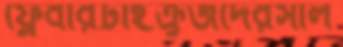
ফ্লেবারটাইক্রুজদেরসাল